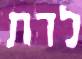
לדת